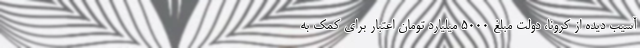
آسیب دیده از کرونا، دولت مبلغ ۵۰۰۰ میلیارد تومان اعتبار برای کمک به